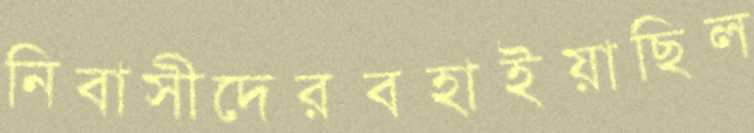
নিবাসীদেরবহাইয়াছিল